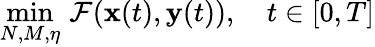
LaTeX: \operatorname*{min}_{N,M,\eta}\, \mathcal{F}(\mathbf{x}(t),\mathbf{y}(t)),\quad t\in[0,T]